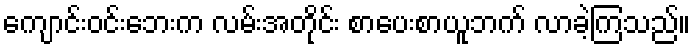
ကျောင်းဝင်းဘေးက လမ်းအတိုင်း စာပေးစာယူဘက် လာခဲ့ကြသည်။